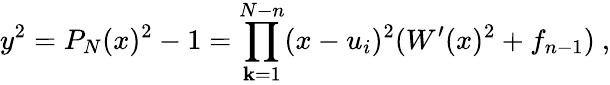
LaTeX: y^{2}=P_{N}(x)^{2}-1=\prod_{\mathbf{k}=1}^{N-n}(x-u_{i})^{2}(W^{\prime}(x)^{2}+f_{n-1})\ ,